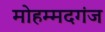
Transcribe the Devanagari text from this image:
मोहम्मदगंज